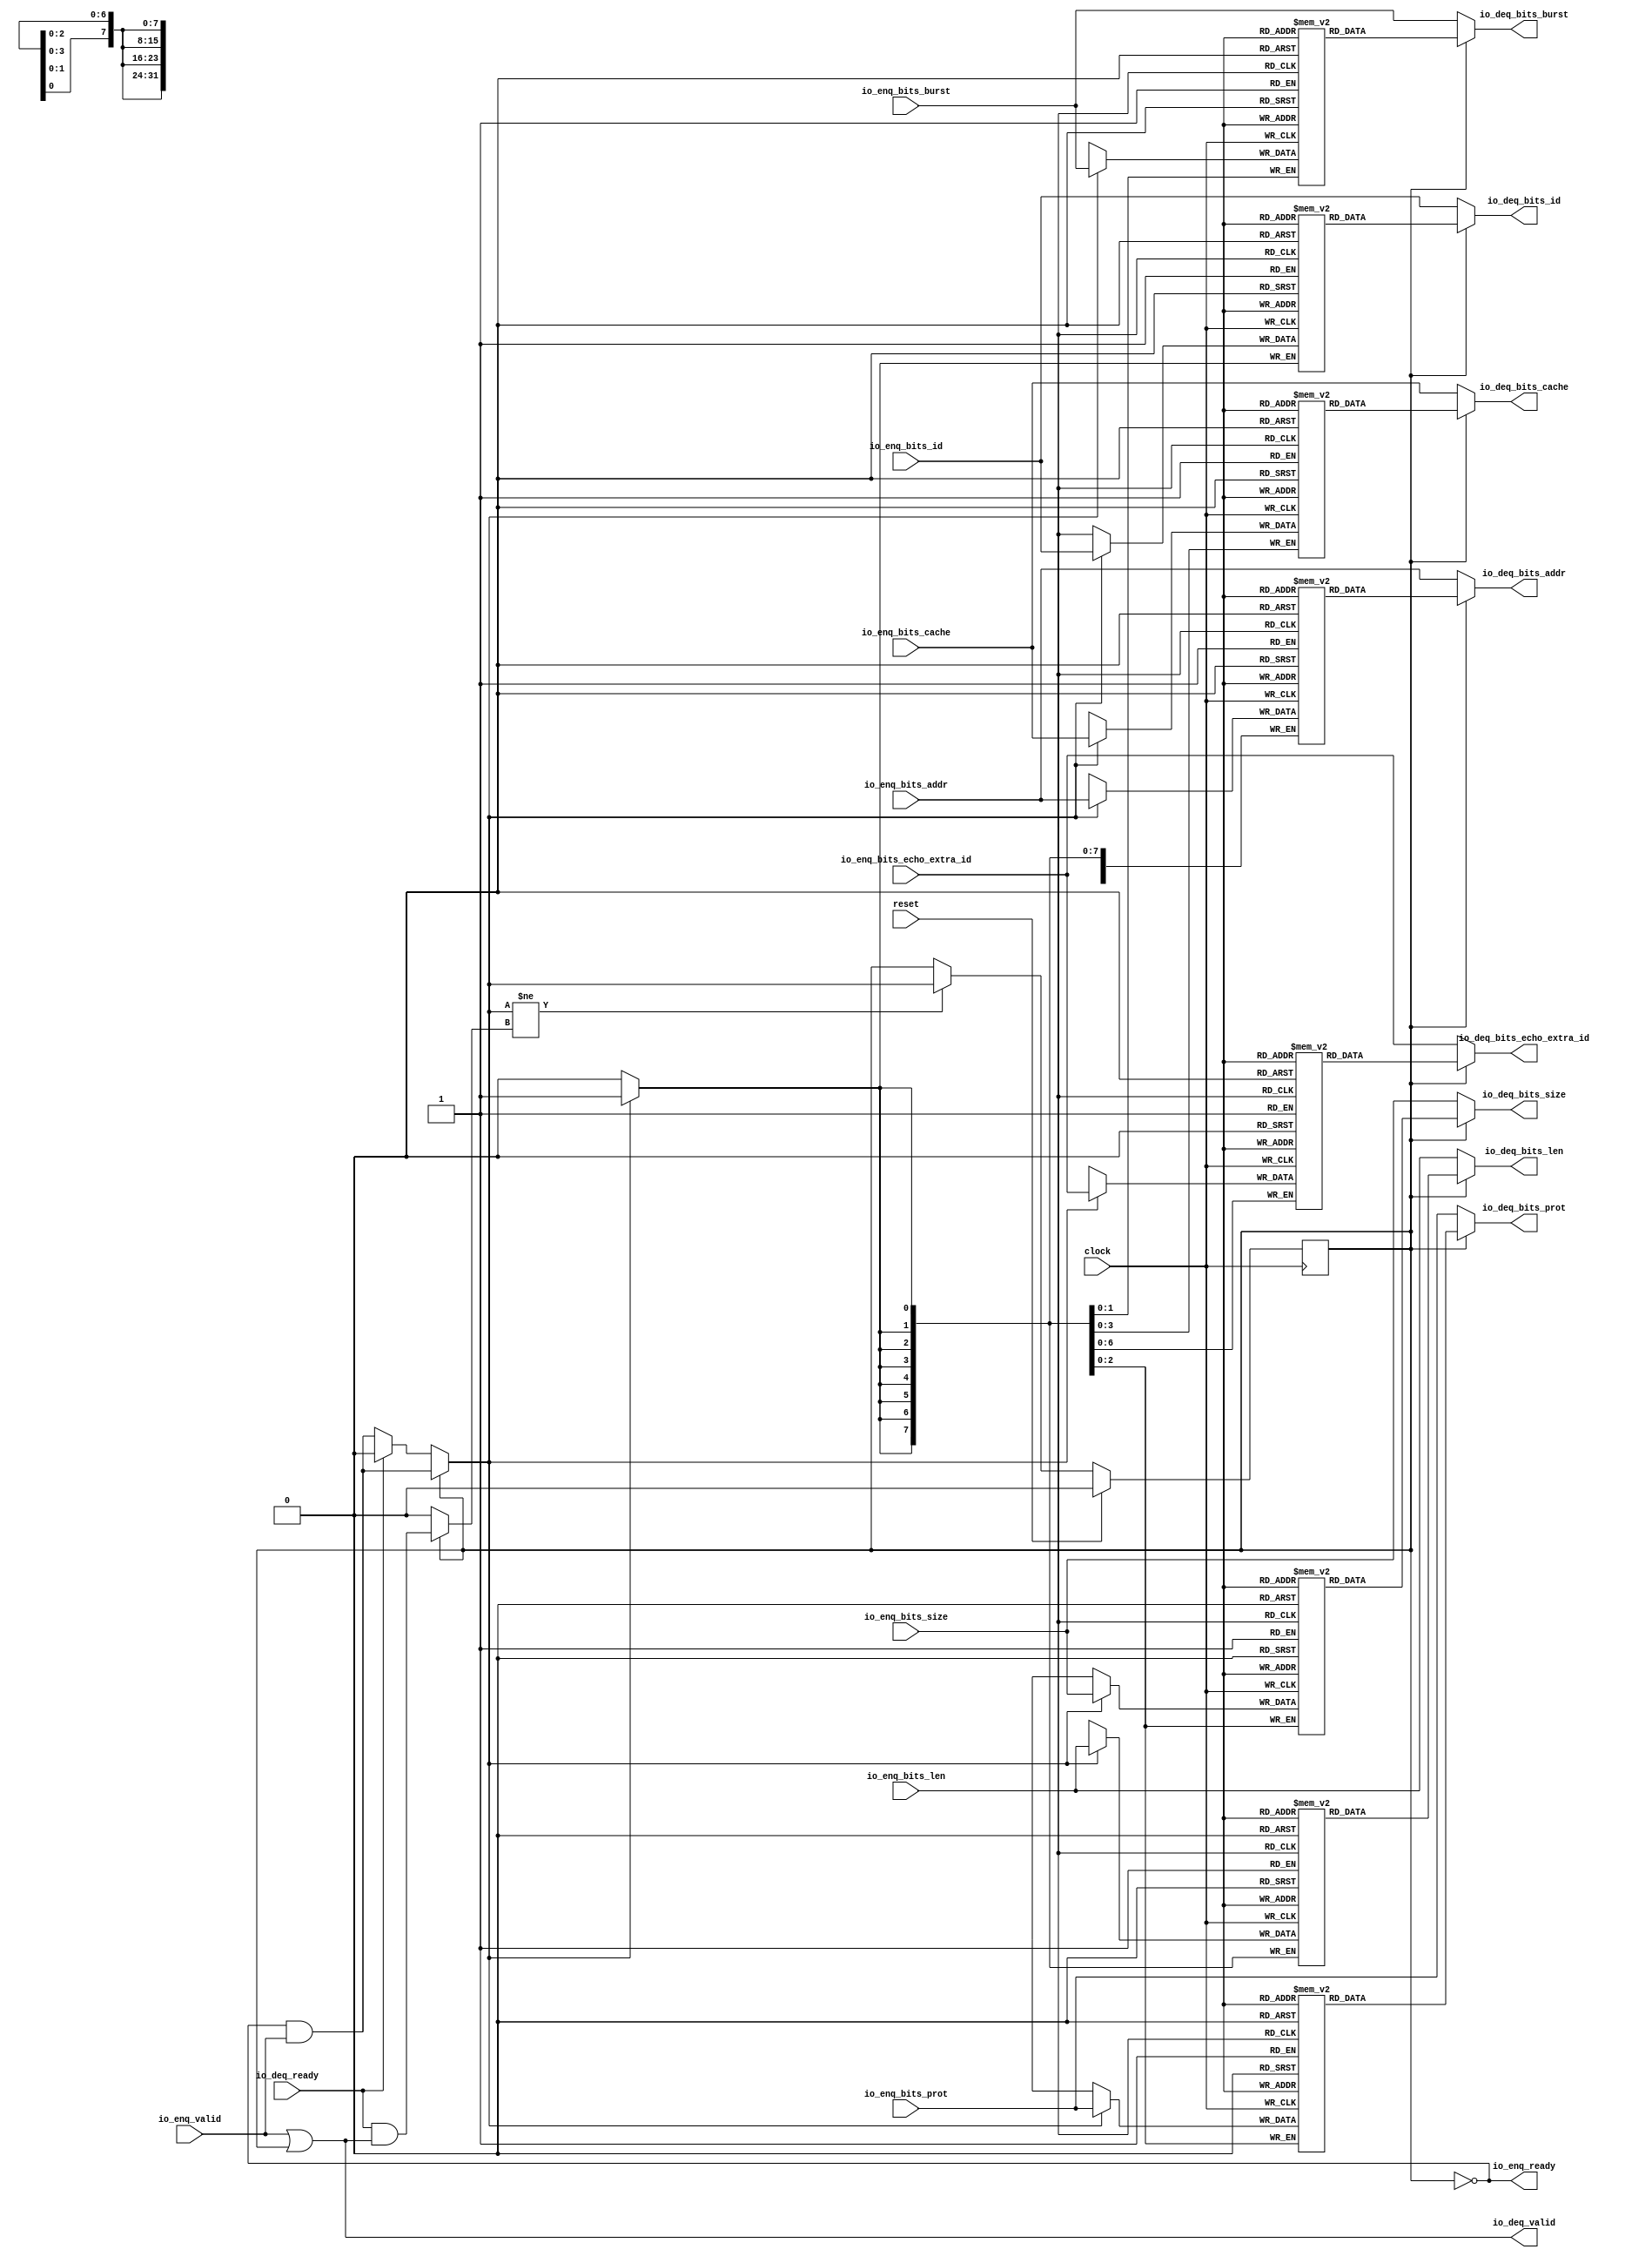
module Queue_18(
  input         clock,
  input         reset,
  output        io_enq_ready,
  input         io_enq_valid,
  input         io_enq_bits_id,
  input  [31:0] io_enq_bits_addr,
  input  [7:0]  io_enq_bits_len,
  input  [2:0]  io_enq_bits_size,
  input  [1:0]  io_enq_bits_burst,
  input  [3:0]  io_enq_bits_cache,
  input  [2:0]  io_enq_bits_prot,
  input  [6:0]  io_enq_bits_echo_extra_id,
  input         io_deq_ready,
  output        io_deq_valid,
  output        io_deq_bits_id,
  output [31:0] io_deq_bits_addr,
  output [7:0]  io_deq_bits_len,
  output [2:0]  io_deq_bits_size,
  output [1:0]  io_deq_bits_burst,
  output [3:0]  io_deq_bits_cache,
  output [2:0]  io_deq_bits_prot,
  output [6:0]  io_deq_bits_echo_extra_id
);
`ifdef RANDOMIZE_MEM_INIT
  reg [31:0] _RAND_0;
  reg [31:0] _RAND_1;
  reg [31:0] _RAND_2;
  reg [31:0] _RAND_3;
  reg [31:0] _RAND_4;
  reg [31:0] _RAND_5;
  reg [31:0] _RAND_6;
  reg [31:0] _RAND_7;
`endif // RANDOMIZE_MEM_INIT
`ifdef RANDOMIZE_REG_INIT
  reg [31:0] _RAND_8;
`endif // RANDOMIZE_REG_INIT
  reg  ram_id [0:0]; // @[Decoupled.scala 259:95]
  wire  ram_id_io_deq_bits_MPORT_en; // @[Decoupled.scala 259:95]
  wire  ram_id_io_deq_bits_MPORT_addr; // @[Decoupled.scala 259:95]
  wire  ram_id_io_deq_bits_MPORT_data; // @[Decoupled.scala 259:95]
  wire  ram_id_MPORT_data; // @[Decoupled.scala 259:95]
  wire  ram_id_MPORT_addr; // @[Decoupled.scala 259:95]
  wire  ram_id_MPORT_mask; // @[Decoupled.scala 259:95]
  wire  ram_id_MPORT_en; // @[Decoupled.scala 259:95]
  reg [31:0] ram_addr [0:0]; // @[Decoupled.scala 259:95]
  wire  ram_addr_io_deq_bits_MPORT_en; // @[Decoupled.scala 259:95]
  wire  ram_addr_io_deq_bits_MPORT_addr; // @[Decoupled.scala 259:95]
  wire [31:0] ram_addr_io_deq_bits_MPORT_data; // @[Decoupled.scala 259:95]
  wire [31:0] ram_addr_MPORT_data; // @[Decoupled.scala 259:95]
  wire  ram_addr_MPORT_addr; // @[Decoupled.scala 259:95]
  wire  ram_addr_MPORT_mask; // @[Decoupled.scala 259:95]
  wire  ram_addr_MPORT_en; // @[Decoupled.scala 259:95]
  reg [7:0] ram_len [0:0]; // @[Decoupled.scala 259:95]
  wire  ram_len_io_deq_bits_MPORT_en; // @[Decoupled.scala 259:95]
  wire  ram_len_io_deq_bits_MPORT_addr; // @[Decoupled.scala 259:95]
  wire [7:0] ram_len_io_deq_bits_MPORT_data; // @[Decoupled.scala 259:95]
  wire [7:0] ram_len_MPORT_data; // @[Decoupled.scala 259:95]
  wire  ram_len_MPORT_addr; // @[Decoupled.scala 259:95]
  wire  ram_len_MPORT_mask; // @[Decoupled.scala 259:95]
  wire  ram_len_MPORT_en; // @[Decoupled.scala 259:95]
  reg [2:0] ram_size [0:0]; // @[Decoupled.scala 259:95]
  wire  ram_size_io_deq_bits_MPORT_en; // @[Decoupled.scala 259:95]
  wire  ram_size_io_deq_bits_MPORT_addr; // @[Decoupled.scala 259:95]
  wire [2:0] ram_size_io_deq_bits_MPORT_data; // @[Decoupled.scala 259:95]
  wire [2:0] ram_size_MPORT_data; // @[Decoupled.scala 259:95]
  wire  ram_size_MPORT_addr; // @[Decoupled.scala 259:95]
  wire  ram_size_MPORT_mask; // @[Decoupled.scala 259:95]
  wire  ram_size_MPORT_en; // @[Decoupled.scala 259:95]
  reg [1:0] ram_burst [0:0]; // @[Decoupled.scala 259:95]
  wire  ram_burst_io_deq_bits_MPORT_en; // @[Decoupled.scala 259:95]
  wire  ram_burst_io_deq_bits_MPORT_addr; // @[Decoupled.scala 259:95]
  wire [1:0] ram_burst_io_deq_bits_MPORT_data; // @[Decoupled.scala 259:95]
  wire [1:0] ram_burst_MPORT_data; // @[Decoupled.scala 259:95]
  wire  ram_burst_MPORT_addr; // @[Decoupled.scala 259:95]
  wire  ram_burst_MPORT_mask; // @[Decoupled.scala 259:95]
  wire  ram_burst_MPORT_en; // @[Decoupled.scala 259:95]
  reg [3:0] ram_cache [0:0]; // @[Decoupled.scala 259:95]
  wire  ram_cache_io_deq_bits_MPORT_en; // @[Decoupled.scala 259:95]
  wire  ram_cache_io_deq_bits_MPORT_addr; // @[Decoupled.scala 259:95]
  wire [3:0] ram_cache_io_deq_bits_MPORT_data; // @[Decoupled.scala 259:95]
  wire [3:0] ram_cache_MPORT_data; // @[Decoupled.scala 259:95]
  wire  ram_cache_MPORT_addr; // @[Decoupled.scala 259:95]
  wire  ram_cache_MPORT_mask; // @[Decoupled.scala 259:95]
  wire  ram_cache_MPORT_en; // @[Decoupled.scala 259:95]
  reg [2:0] ram_prot [0:0]; // @[Decoupled.scala 259:95]
  wire  ram_prot_io_deq_bits_MPORT_en; // @[Decoupled.scala 259:95]
  wire  ram_prot_io_deq_bits_MPORT_addr; // @[Decoupled.scala 259:95]
  wire [2:0] ram_prot_io_deq_bits_MPORT_data; // @[Decoupled.scala 259:95]
  wire [2:0] ram_prot_MPORT_data; // @[Decoupled.scala 259:95]
  wire  ram_prot_MPORT_addr; // @[Decoupled.scala 259:95]
  wire  ram_prot_MPORT_mask; // @[Decoupled.scala 259:95]
  wire  ram_prot_MPORT_en; // @[Decoupled.scala 259:95]
  reg [6:0] ram_echo_extra_id [0:0]; // @[Decoupled.scala 259:95]
  wire  ram_echo_extra_id_io_deq_bits_MPORT_en; // @[Decoupled.scala 259:95]
  wire  ram_echo_extra_id_io_deq_bits_MPORT_addr; // @[Decoupled.scala 259:95]
  wire [6:0] ram_echo_extra_id_io_deq_bits_MPORT_data; // @[Decoupled.scala 259:95]
  wire [6:0] ram_echo_extra_id_MPORT_data; // @[Decoupled.scala 259:95]
  wire  ram_echo_extra_id_MPORT_addr; // @[Decoupled.scala 259:95]
  wire  ram_echo_extra_id_MPORT_mask; // @[Decoupled.scala 259:95]
  wire  ram_echo_extra_id_MPORT_en; // @[Decoupled.scala 259:95]
  reg  maybe_full; // @[Decoupled.scala 262:27]
  wire  empty = ~maybe_full; // @[Decoupled.scala 264:28]
  wire  _do_enq_T = io_enq_ready & io_enq_valid; // @[Decoupled.scala 50:35]
  wire  _do_deq_T = io_deq_ready & io_deq_valid; // @[Decoupled.scala 50:35]
  wire  _GEN_18 = io_deq_ready ? 1'h0 : _do_enq_T; // @[Decoupled.scala 304:{26,35}]
  wire  do_enq = empty ? _GEN_18 : _do_enq_T; // @[Decoupled.scala 301:17]
  wire  do_deq = empty ? 1'h0 : _do_deq_T; // @[Decoupled.scala 301:17 303:14]
  assign ram_id_io_deq_bits_MPORT_en = 1'h1;
  assign ram_id_io_deq_bits_MPORT_addr = 1'h0;
  assign ram_id_io_deq_bits_MPORT_data = ram_id[ram_id_io_deq_bits_MPORT_addr]; // @[Decoupled.scala 259:95]
  assign ram_id_MPORT_data = io_enq_bits_id;
  assign ram_id_MPORT_addr = 1'h0;
  assign ram_id_MPORT_mask = 1'h1;
  assign ram_id_MPORT_en = empty ? _GEN_18 : _do_enq_T;
  assign ram_addr_io_deq_bits_MPORT_en = 1'h1;
  assign ram_addr_io_deq_bits_MPORT_addr = 1'h0;
  assign ram_addr_io_deq_bits_MPORT_data = ram_addr[ram_addr_io_deq_bits_MPORT_addr]; // @[Decoupled.scala 259:95]
  assign ram_addr_MPORT_data = io_enq_bits_addr;
  assign ram_addr_MPORT_addr = 1'h0;
  assign ram_addr_MPORT_mask = 1'h1;
  assign ram_addr_MPORT_en = empty ? _GEN_18 : _do_enq_T;
  assign ram_len_io_deq_bits_MPORT_en = 1'h1;
  assign ram_len_io_deq_bits_MPORT_addr = 1'h0;
  assign ram_len_io_deq_bits_MPORT_data = ram_len[ram_len_io_deq_bits_MPORT_addr]; // @[Decoupled.scala 259:95]
  assign ram_len_MPORT_data = io_enq_bits_len;
  assign ram_len_MPORT_addr = 1'h0;
  assign ram_len_MPORT_mask = 1'h1;
  assign ram_len_MPORT_en = empty ? _GEN_18 : _do_enq_T;
  assign ram_size_io_deq_bits_MPORT_en = 1'h1;
  assign ram_size_io_deq_bits_MPORT_addr = 1'h0;
  assign ram_size_io_deq_bits_MPORT_data = ram_size[ram_size_io_deq_bits_MPORT_addr]; // @[Decoupled.scala 259:95]
  assign ram_size_MPORT_data = io_enq_bits_size;
  assign ram_size_MPORT_addr = 1'h0;
  assign ram_size_MPORT_mask = 1'h1;
  assign ram_size_MPORT_en = empty ? _GEN_18 : _do_enq_T;
  assign ram_burst_io_deq_bits_MPORT_en = 1'h1;
  assign ram_burst_io_deq_bits_MPORT_addr = 1'h0;
  assign ram_burst_io_deq_bits_MPORT_data = ram_burst[ram_burst_io_deq_bits_MPORT_addr]; // @[Decoupled.scala 259:95]
  assign ram_burst_MPORT_data = io_enq_bits_burst;
  assign ram_burst_MPORT_addr = 1'h0;
  assign ram_burst_MPORT_mask = 1'h1;
  assign ram_burst_MPORT_en = empty ? _GEN_18 : _do_enq_T;
  assign ram_cache_io_deq_bits_MPORT_en = 1'h1;
  assign ram_cache_io_deq_bits_MPORT_addr = 1'h0;
  assign ram_cache_io_deq_bits_MPORT_data = ram_cache[ram_cache_io_deq_bits_MPORT_addr]; // @[Decoupled.scala 259:95]
  assign ram_cache_MPORT_data = io_enq_bits_cache;
  assign ram_cache_MPORT_addr = 1'h0;
  assign ram_cache_MPORT_mask = 1'h1;
  assign ram_cache_MPORT_en = empty ? _GEN_18 : _do_enq_T;
  assign ram_prot_io_deq_bits_MPORT_en = 1'h1;
  assign ram_prot_io_deq_bits_MPORT_addr = 1'h0;
  assign ram_prot_io_deq_bits_MPORT_data = ram_prot[ram_prot_io_deq_bits_MPORT_addr]; // @[Decoupled.scala 259:95]
  assign ram_prot_MPORT_data = io_enq_bits_prot;
  assign ram_prot_MPORT_addr = 1'h0;
  assign ram_prot_MPORT_mask = 1'h1;
  assign ram_prot_MPORT_en = empty ? _GEN_18 : _do_enq_T;
  assign ram_echo_extra_id_io_deq_bits_MPORT_en = 1'h1;
  assign ram_echo_extra_id_io_deq_bits_MPORT_addr = 1'h0;
  assign ram_echo_extra_id_io_deq_bits_MPORT_data = ram_echo_extra_id[ram_echo_extra_id_io_deq_bits_MPORT_addr]; // @[Decoupled.scala 259:95]
  assign ram_echo_extra_id_MPORT_data = io_enq_bits_echo_extra_id;
  assign ram_echo_extra_id_MPORT_addr = 1'h0;
  assign ram_echo_extra_id_MPORT_mask = 1'h1;
  assign ram_echo_extra_id_MPORT_en = empty ? _GEN_18 : _do_enq_T;
  assign io_enq_ready = ~maybe_full; // @[Decoupled.scala 289:19]
  assign io_deq_valid = io_enq_valid | ~empty; // @[Decoupled.scala 288:16 300:{24,39}]
  assign io_deq_bits_id = empty ? io_enq_bits_id : ram_id_io_deq_bits_MPORT_data; // @[Decoupled.scala 296:17 301:17 302:19]
  assign io_deq_bits_addr = empty ? io_enq_bits_addr : ram_addr_io_deq_bits_MPORT_data; // @[Decoupled.scala 296:17 301:17 302:19]
  assign io_deq_bits_len = empty ? io_enq_bits_len : ram_len_io_deq_bits_MPORT_data; // @[Decoupled.scala 296:17 301:17 302:19]
  assign io_deq_bits_size = empty ? io_enq_bits_size : ram_size_io_deq_bits_MPORT_data; // @[Decoupled.scala 296:17 301:17 302:19]
  assign io_deq_bits_burst = empty ? io_enq_bits_burst : ram_burst_io_deq_bits_MPORT_data; // @[Decoupled.scala 296:17 301:17 302:19]
  assign io_deq_bits_cache = empty ? io_enq_bits_cache : ram_cache_io_deq_bits_MPORT_data; // @[Decoupled.scala 296:17 301:17 302:19]
  assign io_deq_bits_prot = empty ? io_enq_bits_prot : ram_prot_io_deq_bits_MPORT_data; // @[Decoupled.scala 296:17 301:17 302:19]
  assign io_deq_bits_echo_extra_id = empty ? io_enq_bits_echo_extra_id : ram_echo_extra_id_io_deq_bits_MPORT_data; // @[Decoupled.scala 296:17 301:17 302:19]
  always @(posedge clock) begin
    if (ram_id_MPORT_en & ram_id_MPORT_mask) begin
      ram_id[ram_id_MPORT_addr] <= ram_id_MPORT_data; // @[Decoupled.scala 259:95]
    end
    if (ram_addr_MPORT_en & ram_addr_MPORT_mask) begin
      ram_addr[ram_addr_MPORT_addr] <= ram_addr_MPORT_data; // @[Decoupled.scala 259:95]
    end
    if (ram_len_MPORT_en & ram_len_MPORT_mask) begin
      ram_len[ram_len_MPORT_addr] <= ram_len_MPORT_data; // @[Decoupled.scala 259:95]
    end
    if (ram_size_MPORT_en & ram_size_MPORT_mask) begin
      ram_size[ram_size_MPORT_addr] <= ram_size_MPORT_data; // @[Decoupled.scala 259:95]
    end
    if (ram_burst_MPORT_en & ram_burst_MPORT_mask) begin
      ram_burst[ram_burst_MPORT_addr] <= ram_burst_MPORT_data; // @[Decoupled.scala 259:95]
    end
    if (ram_cache_MPORT_en & ram_cache_MPORT_mask) begin
      ram_cache[ram_cache_MPORT_addr] <= ram_cache_MPORT_data; // @[Decoupled.scala 259:95]
    end
    if (ram_prot_MPORT_en & ram_prot_MPORT_mask) begin
      ram_prot[ram_prot_MPORT_addr] <= ram_prot_MPORT_data; // @[Decoupled.scala 259:95]
    end
    if (ram_echo_extra_id_MPORT_en & ram_echo_extra_id_MPORT_mask) begin
      ram_echo_extra_id[ram_echo_extra_id_MPORT_addr] <= ram_echo_extra_id_MPORT_data; // @[Decoupled.scala 259:95]
    end
    if (reset) begin // @[Decoupled.scala 262:27]
      maybe_full <= 1'h0; // @[Decoupled.scala 262:27]
    end else if (do_enq != do_deq) begin // @[Decoupled.scala 279:27]
      if (empty) begin // @[Decoupled.scala 301:17]
        if (io_deq_ready) begin // @[Decoupled.scala 304:26]
          maybe_full <= 1'h0; // @[Decoupled.scala 304:35]
        end else begin
          maybe_full <= _do_enq_T;
        end
      end else begin
        maybe_full <= _do_enq_T;
      end
    end
  end
// Register and memory initialization
`ifdef RANDOMIZE_GARBAGE_ASSIGN
`define RANDOMIZE
`endif
`ifdef RANDOMIZE_INVALID_ASSIGN
`define RANDOMIZE
`endif
`ifdef RANDOMIZE_REG_INIT
`define RANDOMIZE
`endif
`ifdef RANDOMIZE_MEM_INIT
`define RANDOMIZE
`endif
`ifndef RANDOM
`define RANDOM $random
`endif
`ifdef RANDOMIZE_MEM_INIT
  integer initvar;
`endif
`ifndef SYNTHESIS
`ifdef FIRRTL_BEFORE_INITIAL
`FIRRTL_BEFORE_INITIAL
`endif
initial begin
  `ifdef RANDOMIZE
    `ifdef INIT_RANDOM
      `INIT_RANDOM
    `endif
    `ifndef VERILATOR
      `ifdef RANDOMIZE_DELAY
        #`RANDOMIZE_DELAY begin end
      `else
        #0.002 begin end
      `endif
    `endif
`ifdef RANDOMIZE_MEM_INIT
  _RAND_0 = {1{`RANDOM}};
  for (initvar = 0; initvar < 1; initvar = initvar+1)
    ram_id[initvar] = _RAND_0[0:0];
  _RAND_1 = {1{`RANDOM}};
  for (initvar = 0; initvar < 1; initvar = initvar+1)
    ram_addr[initvar] = _RAND_1[31:0];
  _RAND_2 = {1{`RANDOM}};
  for (initvar = 0; initvar < 1; initvar = initvar+1)
    ram_len[initvar] = _RAND_2[7:0];
  _RAND_3 = {1{`RANDOM}};
  for (initvar = 0; initvar < 1; initvar = initvar+1)
    ram_size[initvar] = _RAND_3[2:0];
  _RAND_4 = {1{`RANDOM}};
  for (initvar = 0; initvar < 1; initvar = initvar+1)
    ram_burst[initvar] = _RAND_4[1:0];
  _RAND_5 = {1{`RANDOM}};
  for (initvar = 0; initvar < 1; initvar = initvar+1)
    ram_cache[initvar] = _RAND_5[3:0];
  _RAND_6 = {1{`RANDOM}};
  for (initvar = 0; initvar < 1; initvar = initvar+1)
    ram_prot[initvar] = _RAND_6[2:0];
  _RAND_7 = {1{`RANDOM}};
  for (initvar = 0; initvar < 1; initvar = initvar+1)
    ram_echo_extra_id[initvar] = _RAND_7[6:0];
`endif // RANDOMIZE_MEM_INIT
`ifdef RANDOMIZE_REG_INIT
  _RAND_8 = {1{`RANDOM}};
  maybe_full = _RAND_8[0:0];
`endif // RANDOMIZE_REG_INIT
  `endif // RANDOMIZE
end // initial
`ifdef FIRRTL_AFTER_INITIAL
`FIRRTL_AFTER_INITIAL
`endif
`endif // SYNTHESIS
endmodule